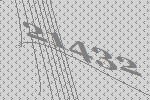
21432